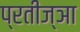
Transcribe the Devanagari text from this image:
प्रतीज्ञा